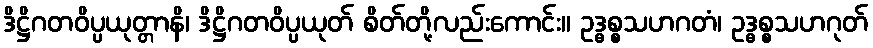
ဒိဋ္ဌိဂတဝိပ္ပယုတ္တာနိ၊ ဒိဋ္ဌိဂတဝိပ္ပယုတ် စိတ်တို့လည်းကောင်း။ ဥဒ္ဓစ္စသဟဂတံ၊ ဥဒ္ဓစ္စသဟဂုတ်